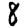
Digit: 8